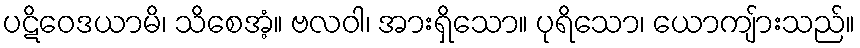
ပဋိဝေဒယာမိ၊ သိစေအံ့။ ဗလဝါ၊ အားရှိသော။ ပုရိသော၊ ယောကျ်ားသည်။